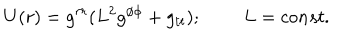
U ( r ) = g ^ { r r } ( L ^ { 2 } g ^ { \phi \phi } + g _ { t t } ) ; \; \; L = c o n s t .